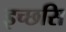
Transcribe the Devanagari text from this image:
इच्छसि